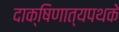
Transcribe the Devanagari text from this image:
दाक्षिणात्यपथके